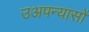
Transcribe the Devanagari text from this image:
उअपन्यासों